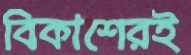
বিকাশেরই